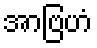
အာဗြဟံ